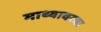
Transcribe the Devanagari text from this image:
माथ्यावरचा